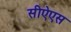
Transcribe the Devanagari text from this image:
सीऐएस